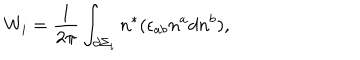
LaTeX: W _ { i } = \frac 1 { 2 \pi } \int _ { \partial \Sigma _ { i } } n ^ { * } ( \epsilon _ { a b } n ^ { a } d n ^ { b } ) ,